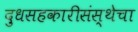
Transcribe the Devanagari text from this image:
दुधसहकारीसंस्थेचा